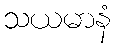
သယမာနံ